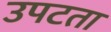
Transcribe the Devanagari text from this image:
उपटता